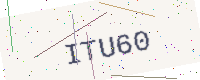
Text: ITU60